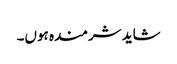
شاید شرمندہ ہوں۔